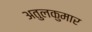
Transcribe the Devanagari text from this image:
अतुलकुमार